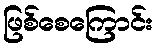
ဖြစ်စေကြောင်း